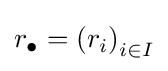
r_{\bullet }=\left(r_{i}\right)_{i\in I}